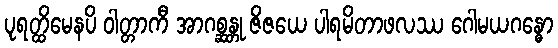
ပုရတ္ထိမေနပိ ဝါတ္တာကီ အာဂစ္ဆန္တု ဇိဇယေ ပါရမိတာဖလဿ ဂေါမယဂန္ဓော